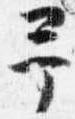
予